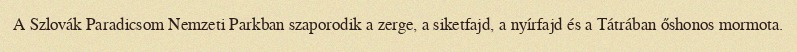
A Szlovák Paradicsom Nemzeti Parkban szaporodik a zerge, a siketfajd, a nyírfajd és a Tátrában őshonos mormota.